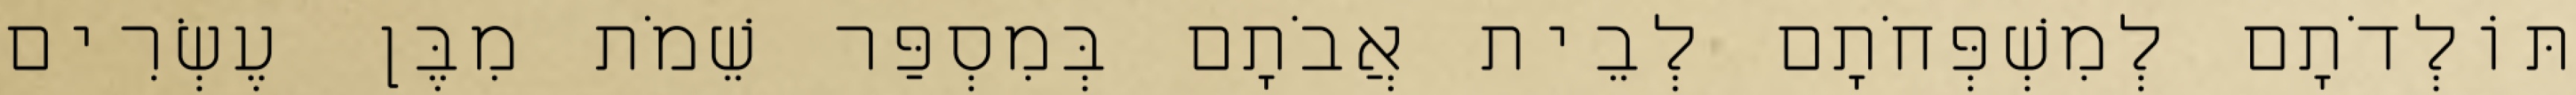
תּוֹלְדֹתָם לְמִשְׁפְּחֹתָם לְבֵית אֲבֹתָם בְּמִסְפַּר שֵׁמֹת מִבֶּן עֶשְׂרִים